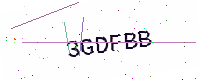
Text: 3GDFBB